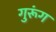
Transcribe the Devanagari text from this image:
गुरूंग